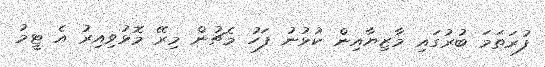
ފުރަތަމަ ބުރުގައި މާޒިޔާއިން ކުޅުނު ފަހު މެޗުން މިރޭ މޮޅުވިއިރު އެ ޓީމު